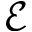
\mathcal { E }